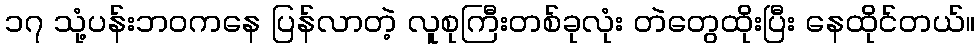
၁၇ သုံ့ပန်းဘဝကနေ ပြန်လာတဲ့ လူစုကြီးတစ်ခုလုံး တဲတွေထိုးပြီး နေထိုင်တယ်။